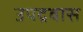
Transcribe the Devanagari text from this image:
उपद्रवास